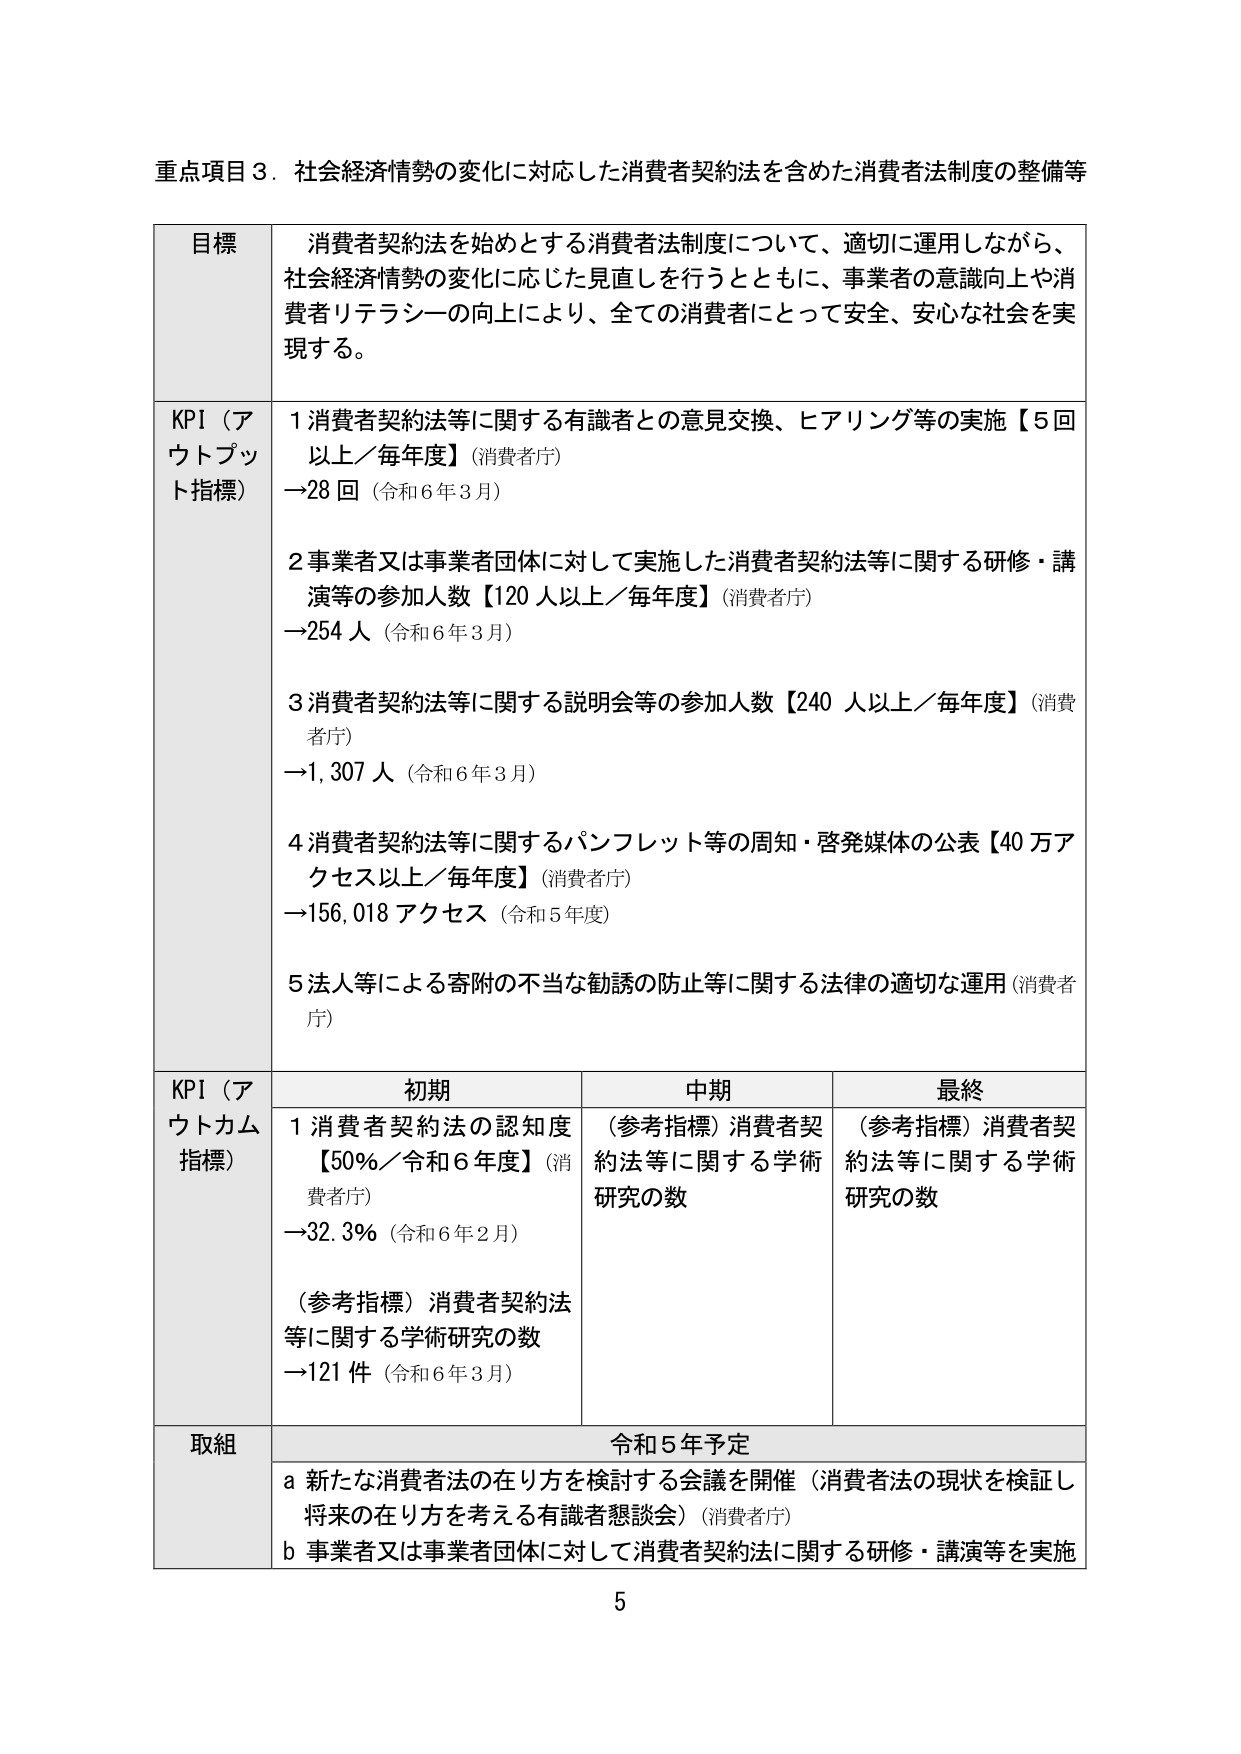
重点項目３．社会経済情勢の変化に対応した消費者契約法を含めた消費者法制度の整備等

目標
消費者契約法を始めとする消費者法制度について、適切に運用しながら、
社会経済情勢の変化に応じた見直しを行うとともに、事業者の意識向上や消
費者リテラシーの向上により、全ての消費者にとって安全、安心な社会を実
現する。

KPI（アウトプット指標）
１消費者契約法等に関する有識者との意見交換、ヒアリング等の実施【５回
以上／毎年度】（消費者庁）
→28回（令和６年３月）

２事業者又は事業者団体に対して実施した消費者契約法等に関する研修・講
演等の参加人数【120人以上／毎年度】（消費者庁）
→254人（令和６年３月）

３消費者契約法等に関する説明会等の参加人数【240人以上／毎年度】（消費
者庁）
→1,307人（令和６年３月）

４消費者契約法等に関するパンフレット等の周知・啓発媒体の公表【40万ア
クセス以上／毎年度】（消費者庁）
→156,018アクセス（令和５年度）

５法人等による寄附の不当な勧誘の防止等に関する法律の適切な運用（消費者
庁）

KPI（アウトカム指標）
初期
１消費者契約法の認知度
【50％／令和６年度】（消費者庁）
→32.3％（令和６年２月）

（参考指標）消費者契約法
等に関する学術研究の数
→121件（令和６年３月）

中期
（参考指標）消費者契約法等に関する学術
研究の数

最終
（参考指標）消費者契約法等に関する学術
研究の数

取組
令和５年予定
ａ新たな消費者法の在り方を検討する会議を開催（消費者法の現状を検証し
将来の在り方を考える有識者懇談会）（消費者庁）
ｂ事業者又は事業者団体に対して消費者契約法に関する研修・講演等を実施

5